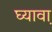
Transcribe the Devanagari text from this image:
घ्यावा़